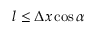
l \leq \Delta x \cos \alpha